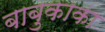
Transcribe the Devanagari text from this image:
बाबुकाका